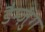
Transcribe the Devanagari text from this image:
डैम्ज़ुंग